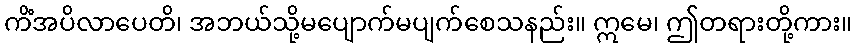
ကိံအပိလာပေတိ၊ အဘယ်သို့မပျောက်မပျက်စေသနည်း။ ဣမေ၊ ဤတရားတို့ကား။